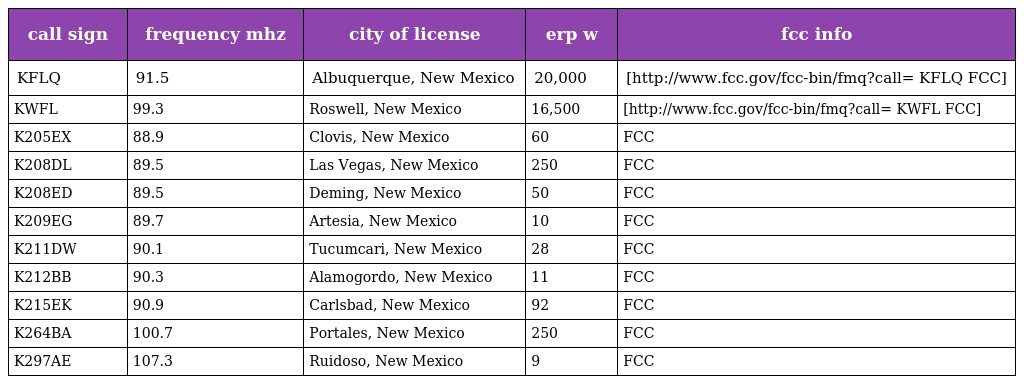
| call sign | frequency mhz | city of license | erp w | fcc info |
 | --- | --- | --- | --- | --- |
 | KFLQ | 91.5 | Albuquerque, New Mexico | 20,000 | [http://www.fcc.gov/fcc-bin/fmq?call= KFLQ FCC] |
 | KWFL | 99.3 | Roswell, New Mexico | 16,500 | [http://www.fcc.gov/fcc-bin/fmq?call= KWFL FCC] |
 | K205EX | 88.9 | Clovis, New Mexico | 60 | FCC |
 | K208DL | 89.5 | Las Vegas, New Mexico | 250 | FCC |
 | K208ED | 89.5 | Deming, New Mexico | 50 | FCC |
 | K209EG | 89.7 | Artesia, New Mexico | 10 | FCC |
 | K211DW | 90.1 | Tucumcari, New Mexico | 28 | FCC |
 | K212BB | 90.3 | Alamogordo, New Mexico | 11 | FCC |
 | K215EK | 90.9 | Carlsbad, New Mexico | 92 | FCC |
 | K264BA | 100.7 | Portales, New Mexico | 250 | FCC |
 | K297AE | 107.3 | Ruidoso, New Mexico | 9 | FCC |